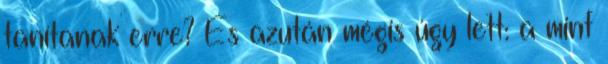
tanítanak erre? És azután mégis úgy lett: a mint